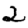
Digit: 2